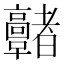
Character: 𩫭